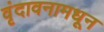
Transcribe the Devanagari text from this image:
वृंदावनामधून